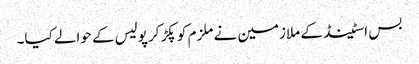
بس اسٹینڈ کے ملازمین نے ملزم کو پکڑ کر پولیس کے حوالے کیا۔